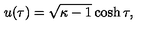
u ( \tau ) = \sqrt { \kappa - 1 } \cosh \tau ,